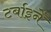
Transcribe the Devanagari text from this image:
टर्बाइनें